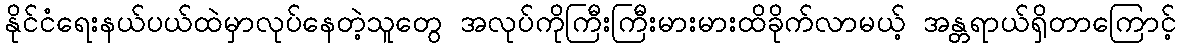
နိုင်ငံရေးနယ်ပယ်ထဲမှာလုပ်နေတဲ့သူတွေ အလုပ်ကိုကြီးကြီးမားမားထိခိုက်လာမယ့် အန္တရာယ်ရှိတာကြောင့်